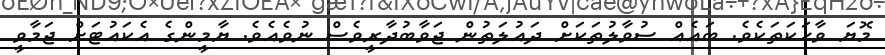
މޮޔަ ވާހަކަތަކެވެ. ބައެއް ސުވާލުތަކަށް ދައުލަތުން ޖަވާބުދާރީވެސް ނުވެއެވެ. ޔާމީންގެ އެކައުޓަށް ޖަމާވީ